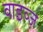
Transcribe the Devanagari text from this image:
वाइव्ज़